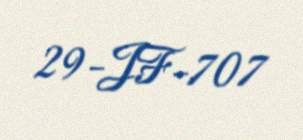
29-JF-707